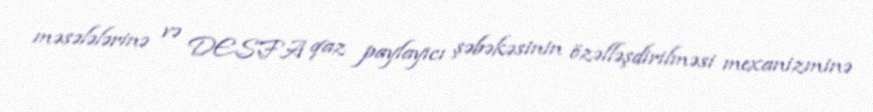
məsələlərinə və DESFA qaz paylayıcı şəbəkəsinin özəlləşdirilməsi mexanizminə